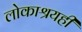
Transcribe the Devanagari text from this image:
लोकाश्रयही